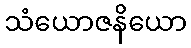
သံယောဇနိယော